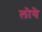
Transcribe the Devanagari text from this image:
लोये